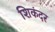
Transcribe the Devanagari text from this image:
शिकंदर